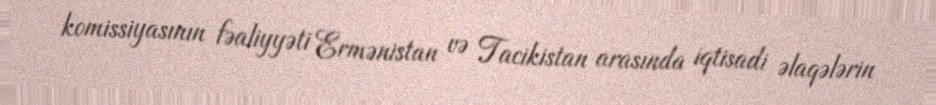
komissiyasının fəaliyyəti Ermənistan və Tacikistan arasında iqtisadi əlaqələrin